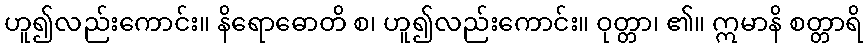
ဟူ၍လည်းကောင်း။ နိရောဓောတိ စ၊ ဟူ၍လည်းကောင်း။ ဝုတ္တာ၊ ၏။ ဣမာနိ စတ္တာရိ